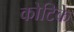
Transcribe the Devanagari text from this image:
कोटिके